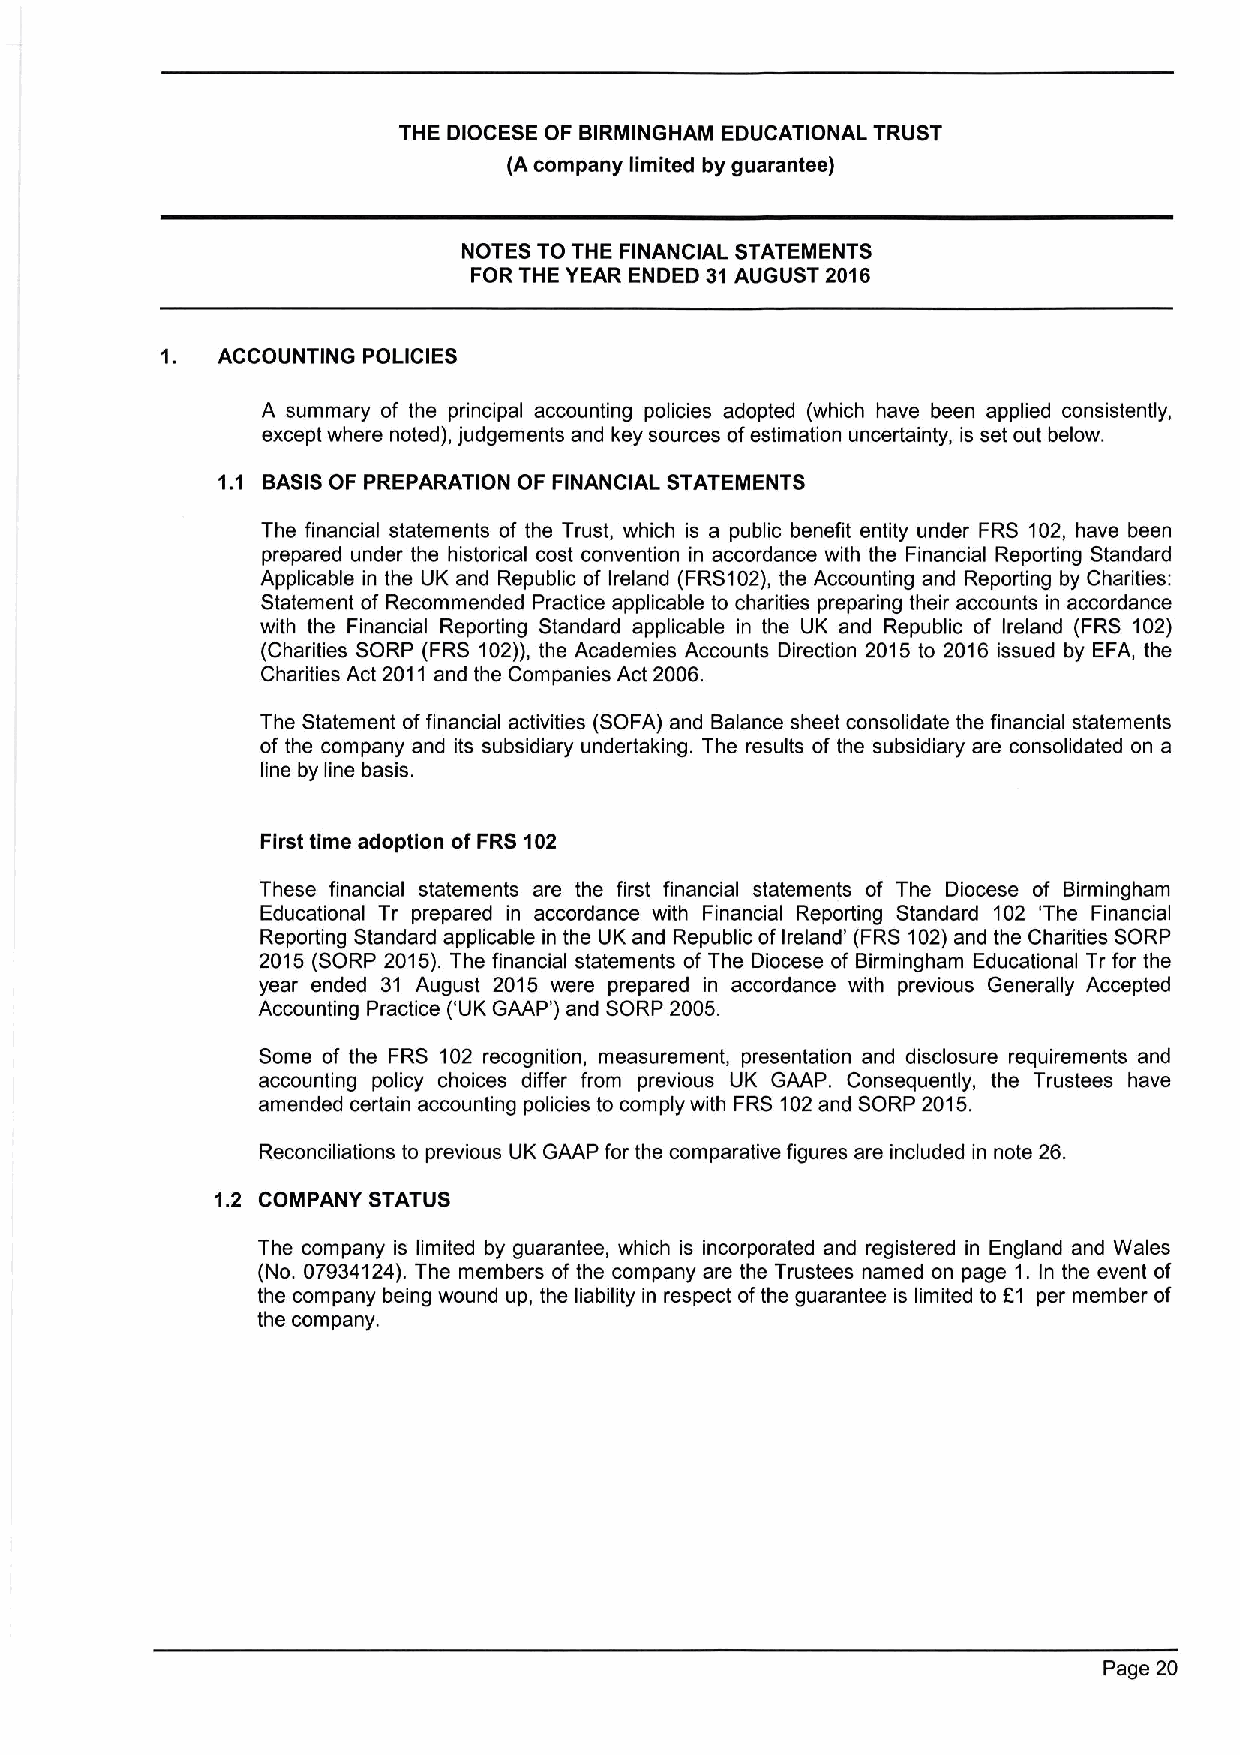
THE DIOCESE OF BIRMINGHAM EDUCATIONAL TRUST
 (A company limited by guarantee)
 NOTES TO THE FINANCIAL STATEMENTS
 FOR THE YEAR ENDED 31AUGUST 2016
 1. ACCOUNTING POLICIES
 A summary of the principal accounting policies adopted (which have been applied consistently,
 except where noted), judgements and key sources ofestimation uncertainty, is set out below.
 1. 1 BASISOF PREPARATION OF FINANCIAL STATEMENTS
 The financial statements of the Trust, which is a public benefit entity under FRS 102, have been
 prepared under the historical cost convention in accordance with the Financial Reporting Standard
 Applicable in the UK and Republic of Ireland (FRS102),the Accounting and Reporting by Charities:
 Statement of Recommended Practice applicable to charities preparing their accounts in accordance
 with the Financial Reporting Standard applicable in the UK and Republic of Ireland (FRS 102)
 (Charities SORP (FRS 102)), the Academies Accounts Direction 2015 to 2016 issued by EFA, the
 Charities Act 2011 and the Companies Act 2006.
 The Statement offinancial activities (SOFA) and Balance sheet consolidate the financial statements
 of the company and its subsidiary undertaking. The results of the subsidiary are consolidated on a
 line by line basis.
 First time adoption ofFRS 102
 These financial statements are the first financial statements of The Diocese of Birmingham
 Educational Tr prepared in accordance with Financial Reporting Standard 102 'The Financial
 Reporting Standard applicable in the UK and Republic of Ireland' (FRS 102)and the Charities SORP
 2015 (SORP 2015).The financial statements of The Diocese of Birmingham Educational Tr for the
 year ended 31 August 2015 were prepared in accordance with previous Generally Accepted
 Accounting Practice ('UK GAAP') and SORP 2005.
 Some of the FRS 102 recognition, measurement, presentation and disclosure requirements and
 accounting policy choices differ from previous UK GAAP. Consequently, the Trustees have
 amended certain accounting policies to comply with FRS 102and SORP 2015.
 Reconciliations to previous UK GAAP for the comparative figures are included in note 26.
 1.2 COMPANY STATUS
 The company is limited by guarantee, which is incorporated and registered in England and Wales
 (No. 07934124).The members of the company are the Trustees named on page 1. In the event of
 the company being wound up, the liability in respect ofthe guarantee is limited to 61 per member of
 the company.
 Page 20